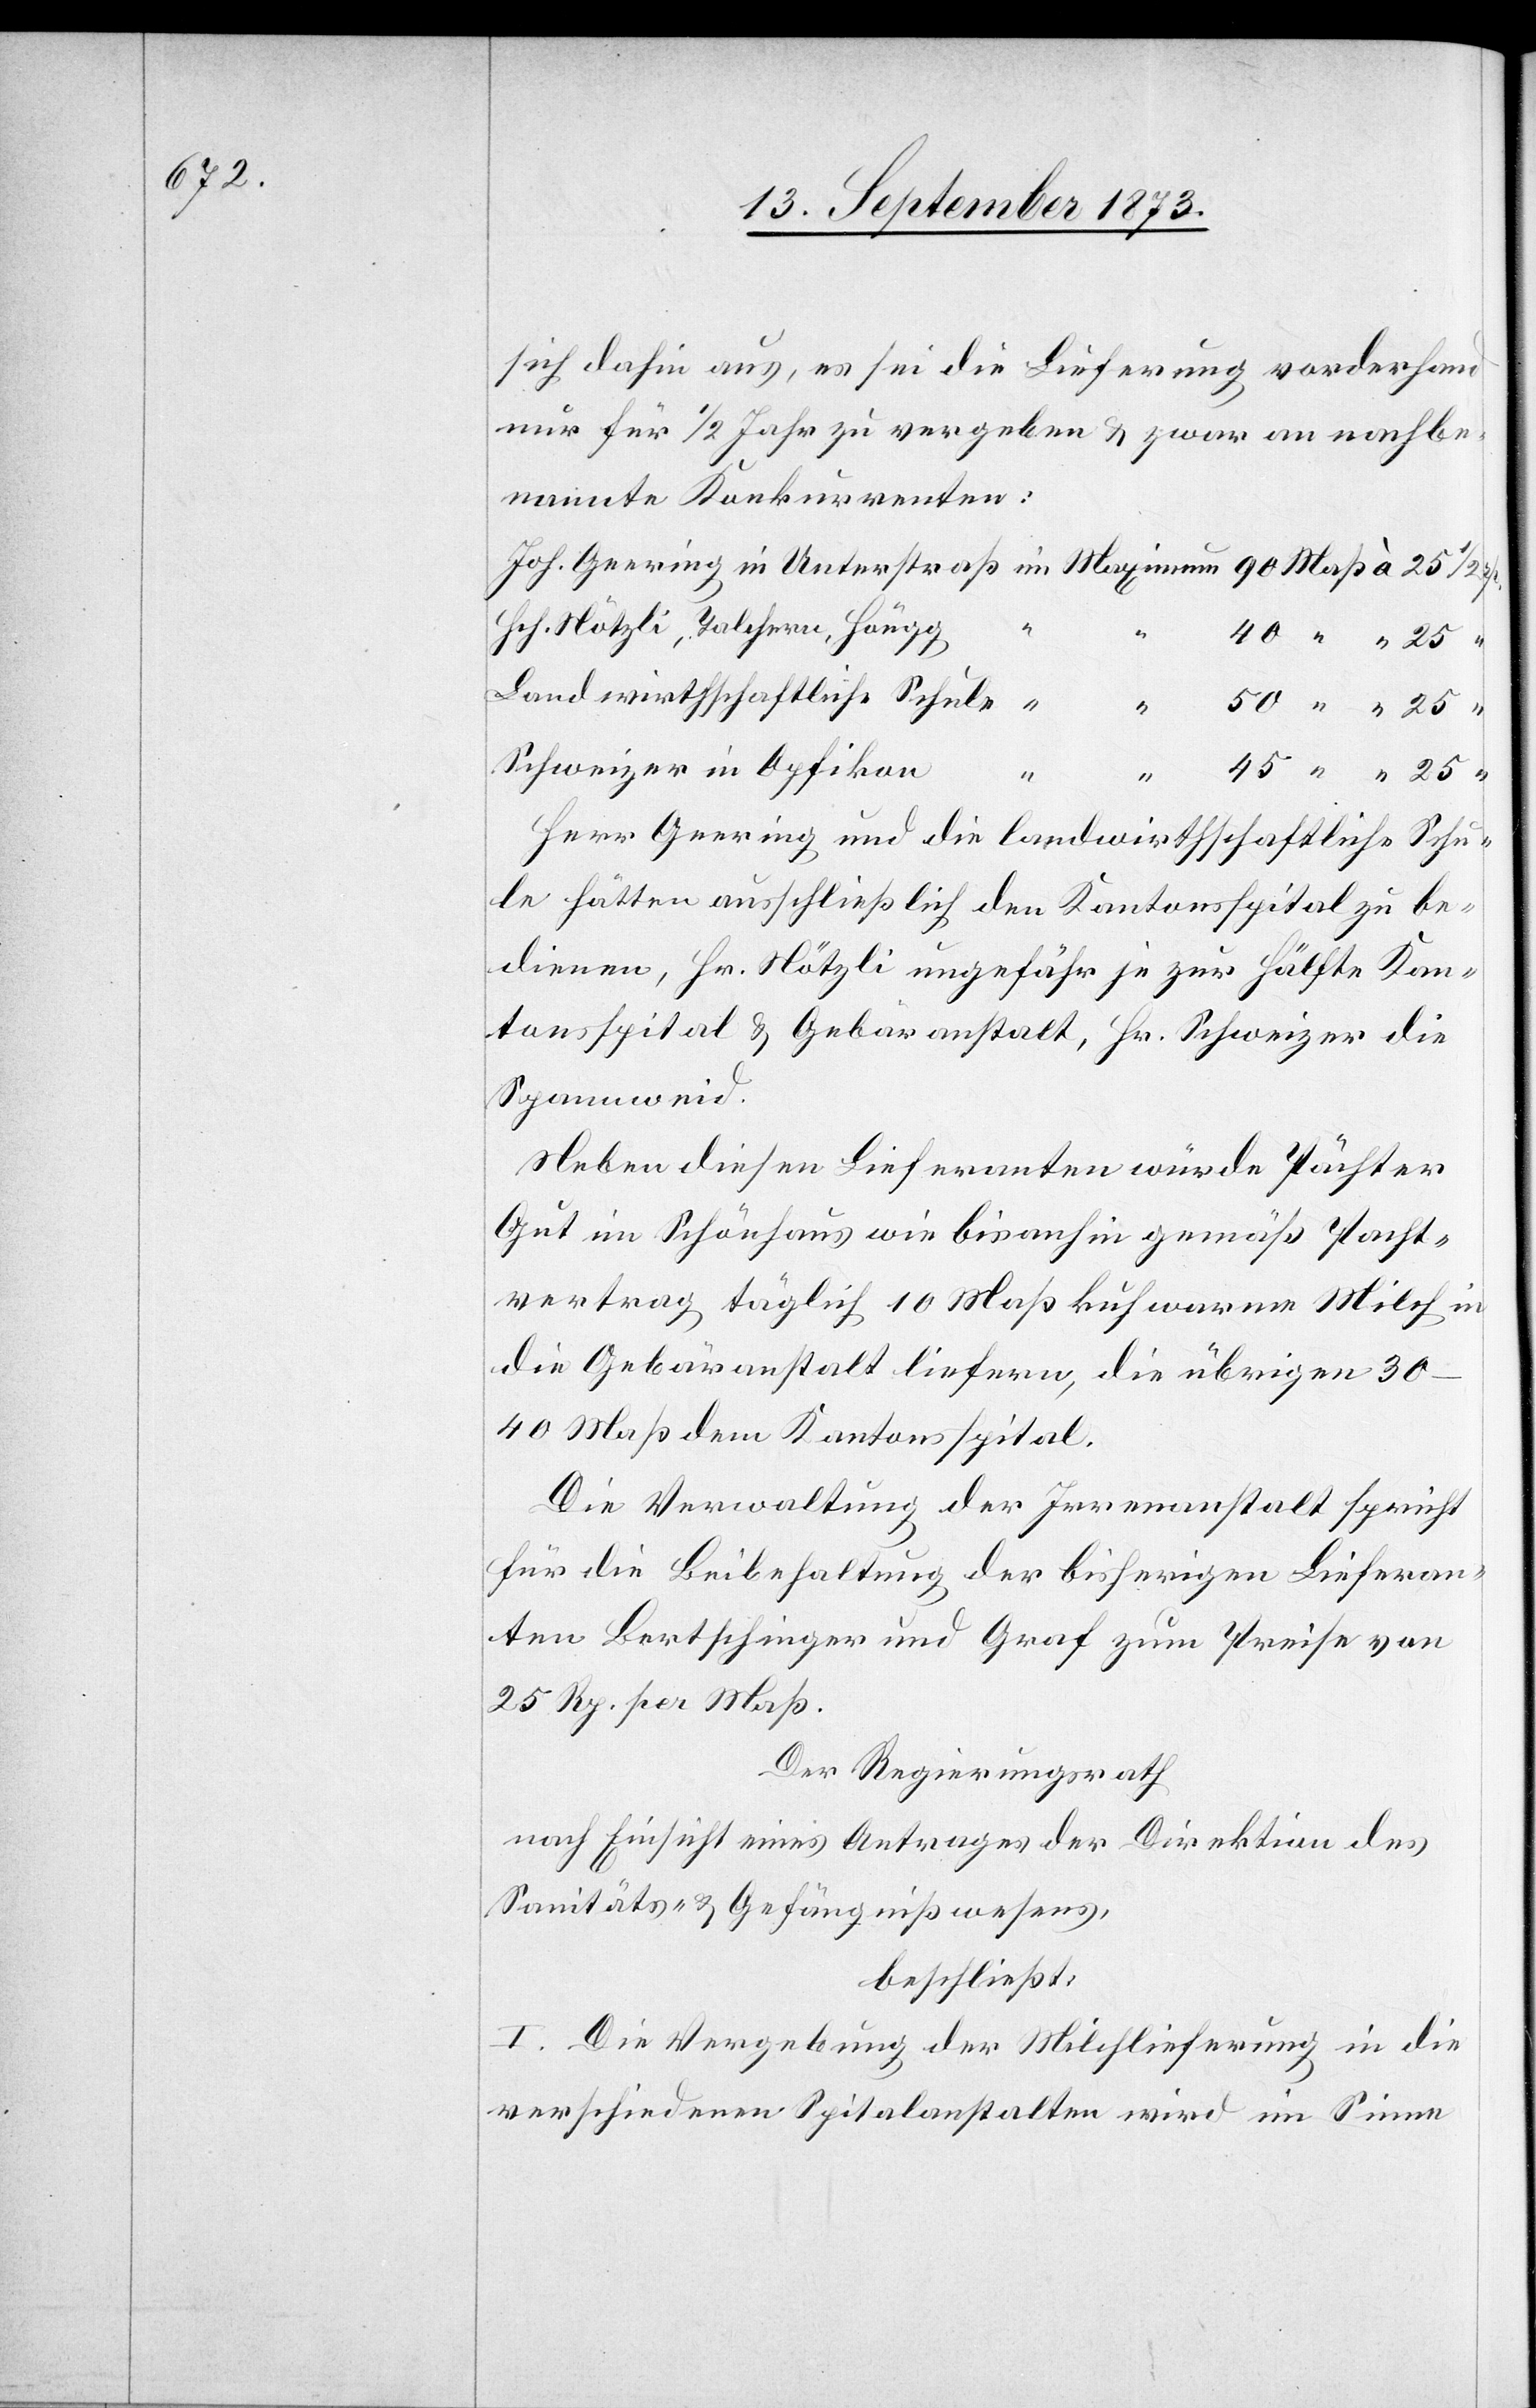
sich dahin aus, es sei die Lieferung vorderhand
nur für 1/2 Jahr zu vergeben & zwar an nachbe¬
nannte Konkurrenten:
Hch. Nötzli, Talchern, Höngg
Schweizer in Opfikon
25
“
Herr Geering und die landwirthschaftliche Schu¬
le hätten ausschließlich den Kantonsspital zu be¬
dienen, Hr. Nötzli ungefähr je zur Hälfte Kan¬
tonsspital & Gebäranstalt, Hr. Schweizer die
Spannweid.
Neben diesen Lieferanten würde Pächter
Gut im Schönhaus wie bis anhin gemäß Pacht¬
vertrag täglich 10 Maß kuhwarme Milch in
die Gebäranstalt liefern, die übrigen 30–40
Maß dem Kantonsspital.
Die Verwaltung der Irrenanstalt spricht
für die Beibehaltung der bisherigen Lieferan¬
ten Bertschinger und Graf zum Preise von
25 Rp. per Maß.
Der Regierungsrath
nach Einsicht eines Antrages der Direktion des
Sanitäts- & Gefängnißwesens,
beschließt:
I. Die Vergebung der Milchlieferung in die
verschiedenen Spitalanstalten wird im Sinne